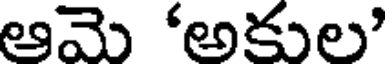
ఆమె 'అకుల'